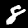
Digit: 8